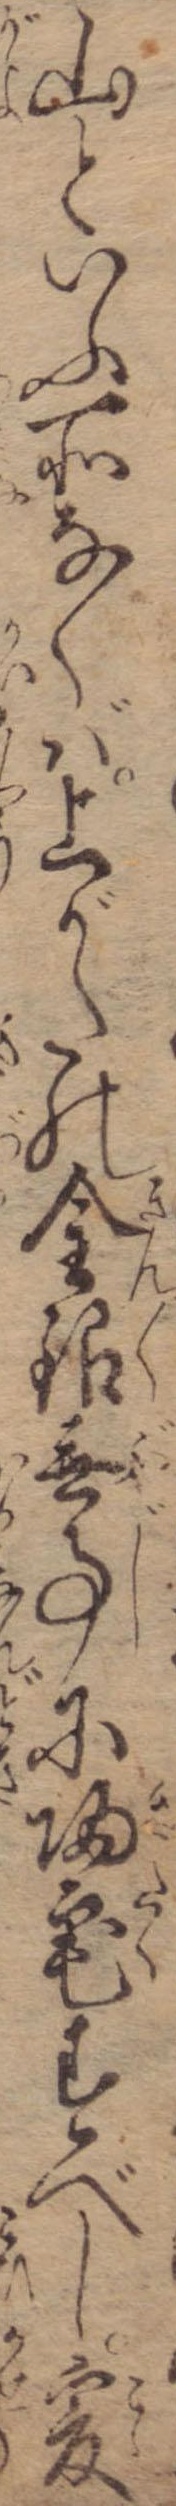
山といふ所なくば上がたの金銀無事に帰宅すべし爰